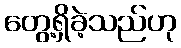
တွေ့ရှိခဲ့သည်ဟု